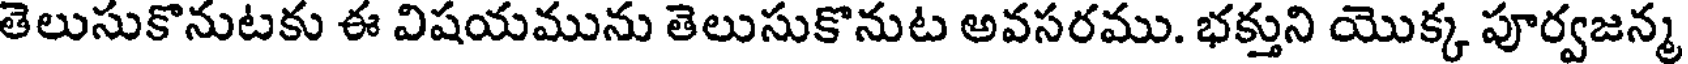
తెలుసుకొనుటకు ఈ విషయమును తెలుసుకొనుట అవసరము. భక్తుని యొక్క పూర్వజన్మ